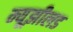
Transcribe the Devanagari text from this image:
न्यूझीलड